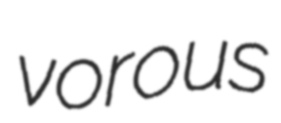
vorous